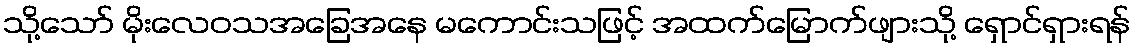
သို့သော် မိုးလေဝသအခြေအနေ မကောင်းသဖြင့် အထက်မြောက်ဖျားသို့ ရှောင်ရှားရန်